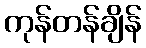
ကုန်တန်ချိန်